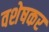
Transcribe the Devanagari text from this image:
वशेषकर